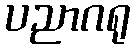
ပညာဂရု